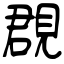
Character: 覠